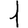
Digit: 1